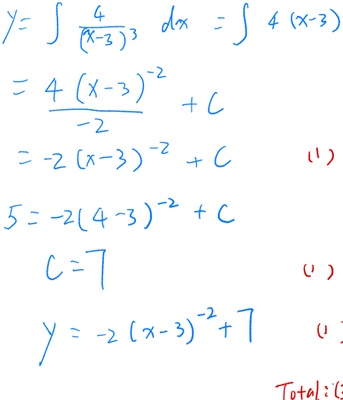
首先对原式进行分析，“Total:”不属于公式内容，应放在公式环境外。

修正后的LaTeX内容为：

求\(y\)：
\[\begin{align*}
y&=\int \frac{4}{(x - 3)^3}dx=\int 4(x - 3)^{-3}dx\\
&=\frac{4(x - 3)^{-2}}{-2}+C\\
&=-2(x - 3)^{-2}+C\quad(1)
\end{align*}\]

已知当\(x = 4\)时，\(y = 5\)，代入上式可得：
\[
\begin{align*}
5&=-2(4 - 3)^{-2}+C\\
C&=7\quad(2)
\end{align*}
\]

所以\(y\)的表达式为：
\[\begin{align*}
y&=-2(x - 3)^{-2}+7\quad(3)
\end{align*}\]

Total: 先通过积分求出\(y\)关于\(x\)和常数\(C\)的表达式，再根据给定条件求出\(C\)的值，最终确定\(y\)的表达式。